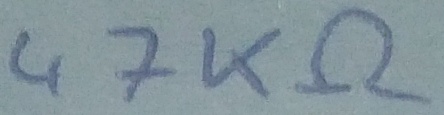
Text: 47KΩ